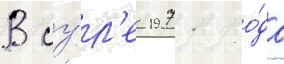
В иу́л'е 1971 го́да